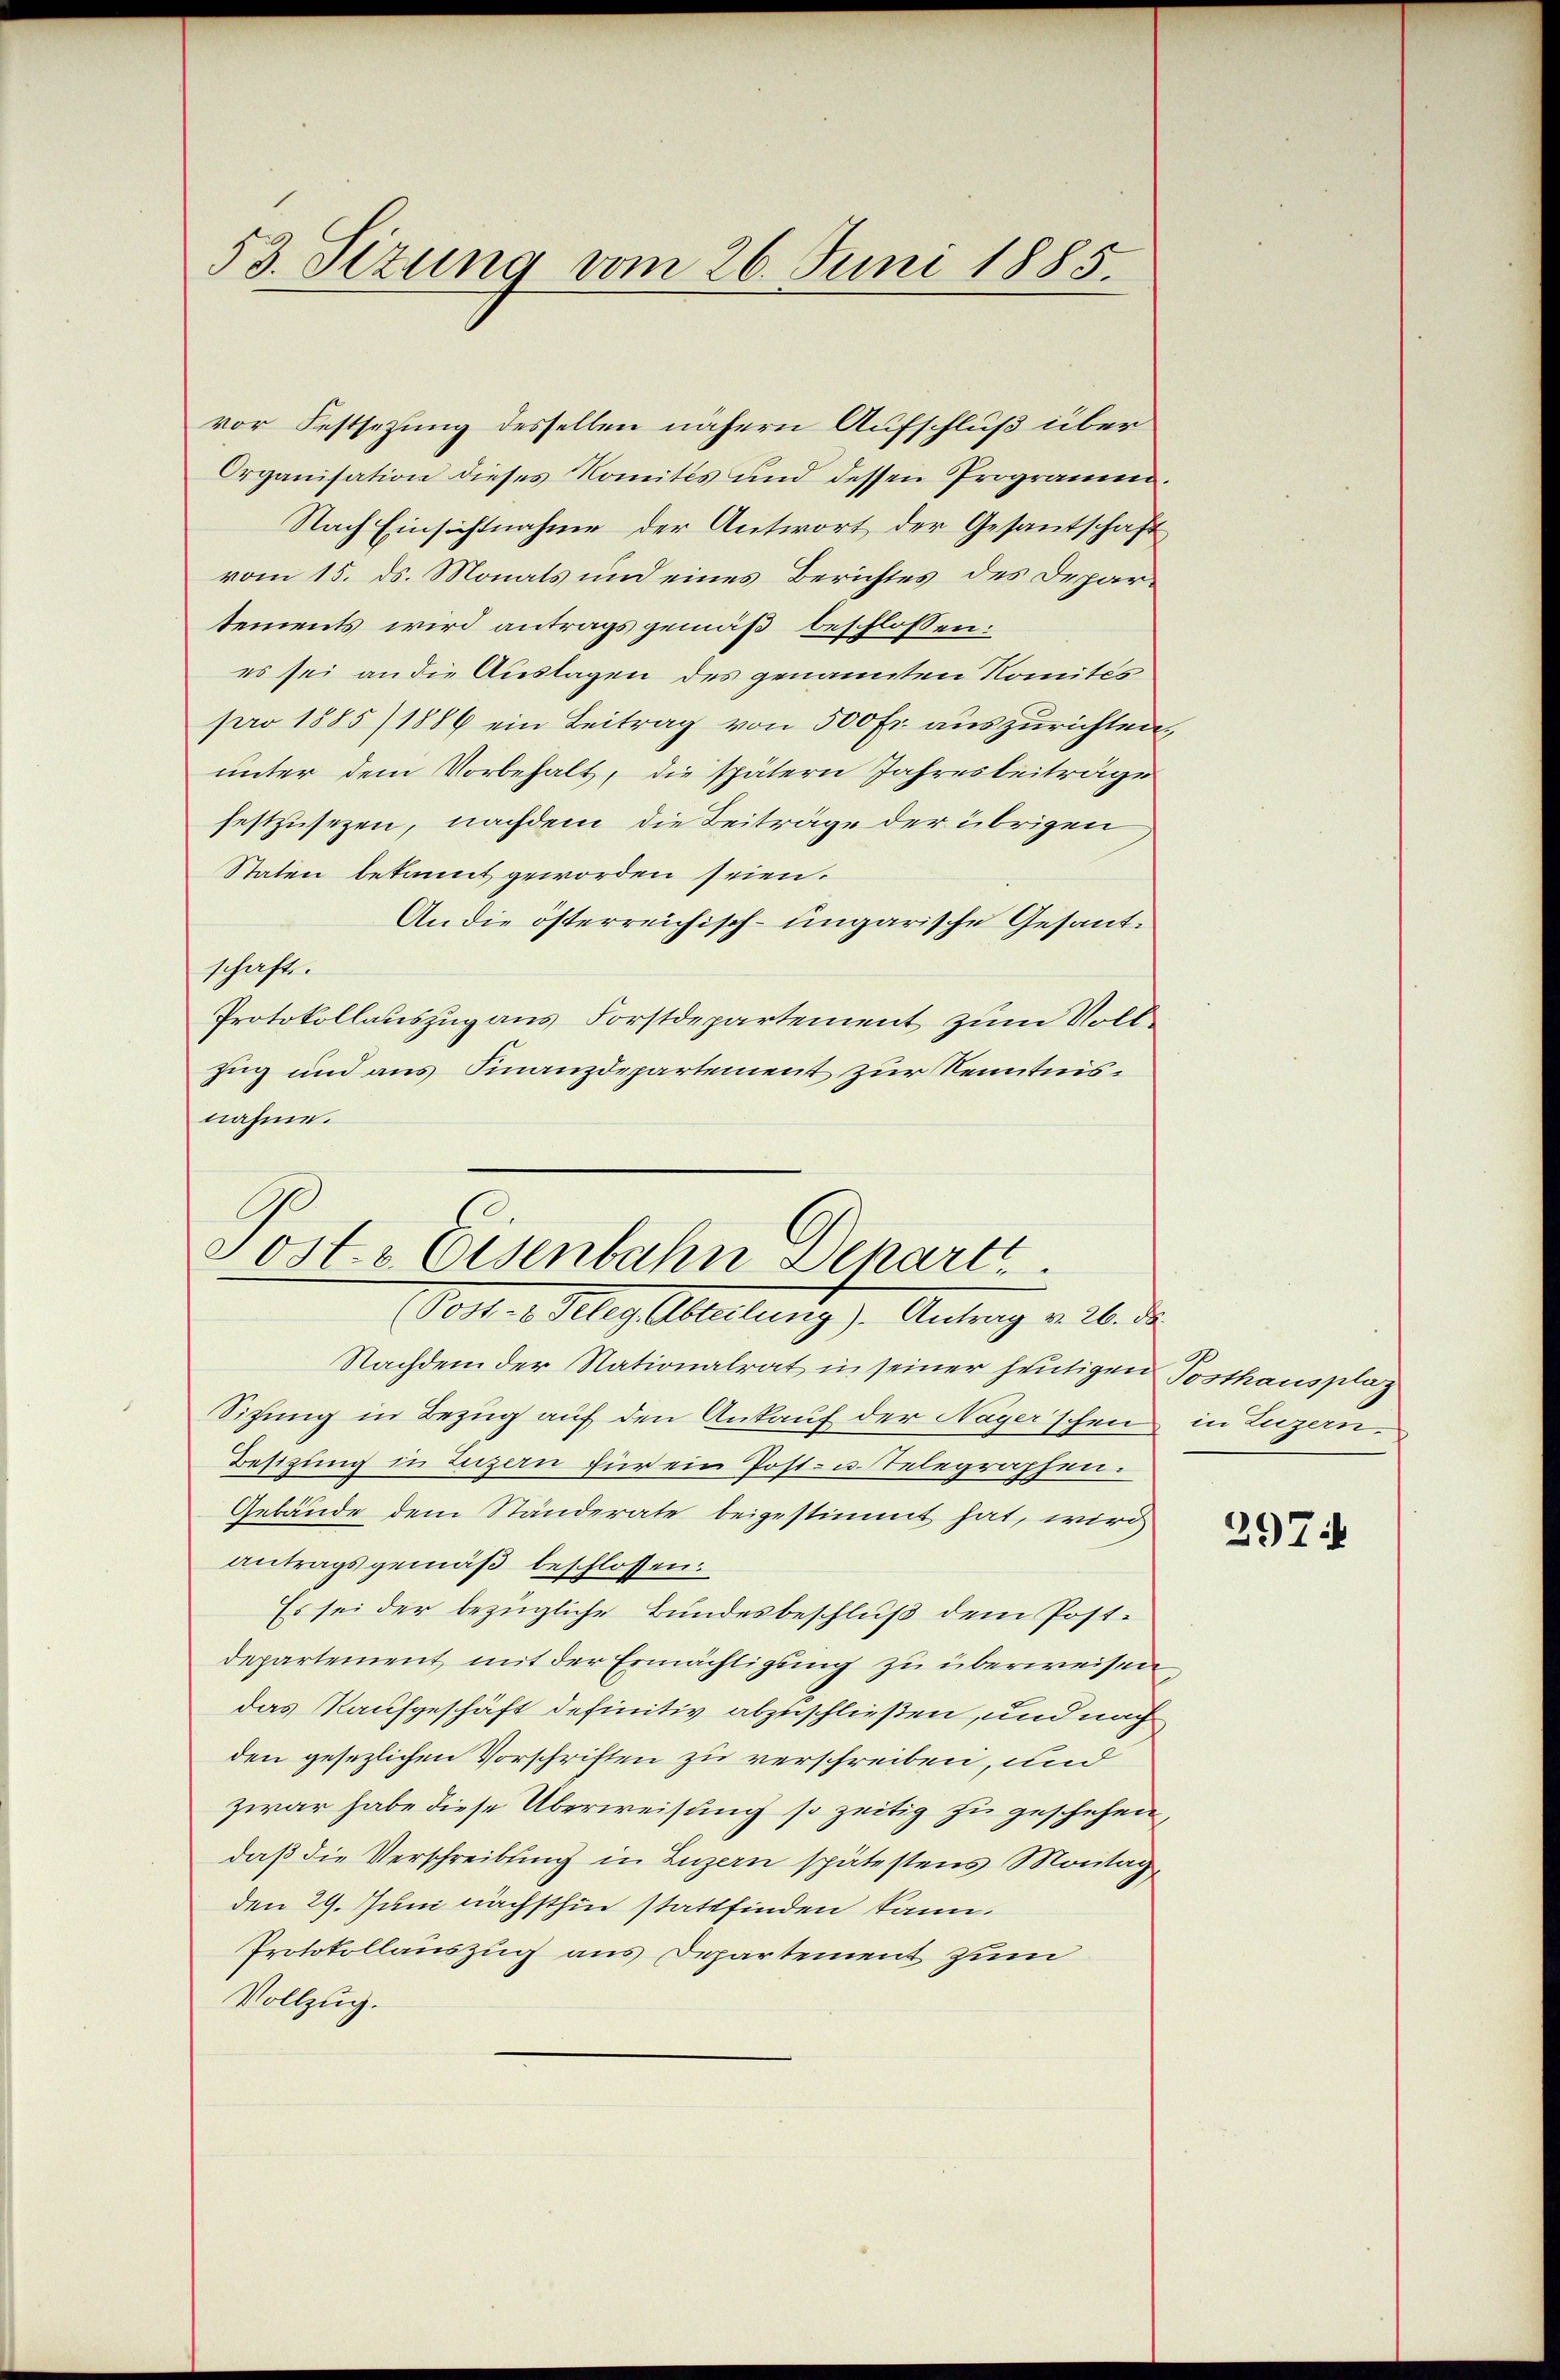
53. Sizung vom 26. Juni 1885.

vor Festsezung desselben nähern Aufschluß über
Organisation dieses Komites und dessen Programm¬
Nach Einsichtnahme der Antwort der Gesantschaft
vom 15. ds. Monats und eines Berichtes des Departements wird antrags gemäß beschlossen:
es sei an die Auslagen des genannten Nomités
pro 1885/1886 ein Beitrag von 500 Fr. auszurichten.
unter dem Vorbehalt, die spätern Jahresbeiträge
festzusetzen, nachdem die Beiträge der übrigen
Staten bekannt geworden seien.
An die österreichisch-ungarische Gesandschaft.
Protokollauszug aus Forstdepartement zum Voll¬
Zug und aus Finanzdepartement zur Kenntnisnahme.

Sost. Eisenbahn Depart
Vollen. Klag Abstellung). Antrag u. 26. de

Nachdem der Nationalrat in seiner heutigen Posthausplaz
Sitzung in Bezug auf den Ankauf der Nager’schen in Luzern,
Besizung in Luzern für ein Post- u. Telegraphen.
Gebäude dem Ständerate beigestimmt hat, wird
antragsgemäß beschlossen:
Es sei der bezügliche Bundesbeschluß dem Postdepartement mit der Ermächtigung zu überweisen
das Kaufgeschäft definitiv abzuschließen, und nach
den gesezlichen Vorschriften zu verschreiben, und
zwar habe diese Überweisung so zeitig zu geschehen,
daß die Verschreibung in Luzern spätestens Montag,
den 29. Juni nächsthin stattfinden kann.
Protokollauszug aus Departement zum
Vollzug.

2

297: